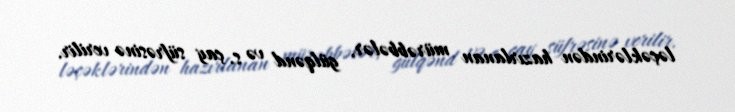
ləçəklərindən hazırlanan mürəbbələr, gülqənd və s. çay süfrəsinə verilir.